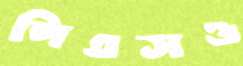
পিএসও